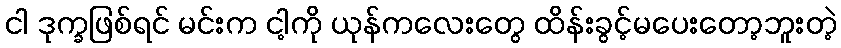
ငါ ဒုက္ခဖြစ်ရင် မင်းက ငါ့ကို ယုန်ကလေးတွေ ထိန်းခွင့်မပေးတော့ဘူးတဲ့